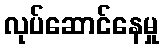
လုပ်ဆောင်နေမှု